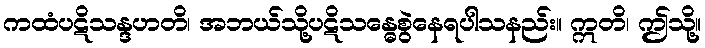
ကထံပဋိသန္ဒဟတိ၊ အဘယ်သို့ပဋိသန္ဓေစွဲနေရပါသနည်း။ ဣတိ၊ ဤသို့။